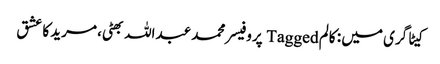
کیٹاگری میں : کالم Tagged پروفیسر محمد عبداللہ بھٹی، مرید کا عشق